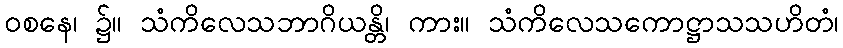
ဝစနေ၊ ၌။ သံကိလေသဘာဂိယန္တိ၊ ကား။ သံကိလေသကောဋ္ဌာသသဟိတံ၊